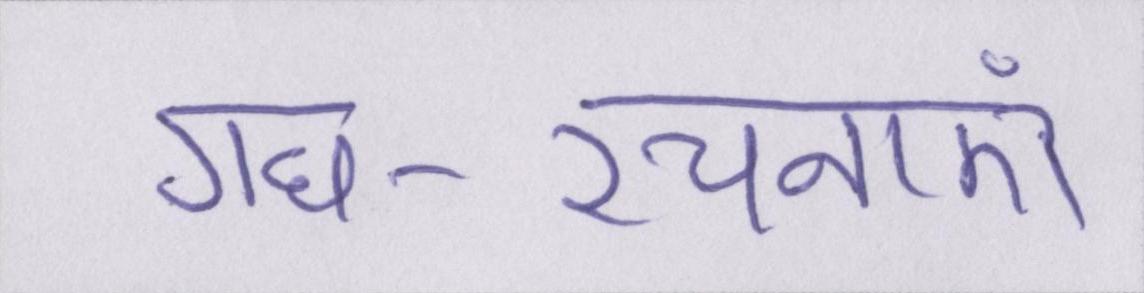
गध-रचनाएं